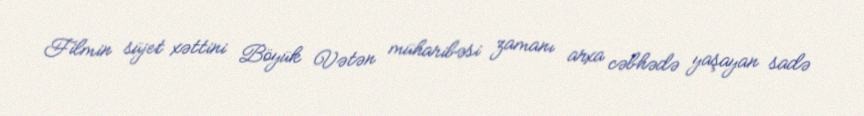
Filmin süjet xəttini Böyük Vətən müharibəsi zamanı arxa cəbhədə yaşayan sadə